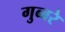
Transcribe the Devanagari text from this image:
गुब्बरे